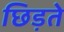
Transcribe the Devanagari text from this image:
छिड़ते